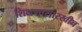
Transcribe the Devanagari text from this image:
शिक्षणासारखीच